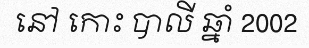
នៅ កោះ បាលី ឆ្នាំ 2002